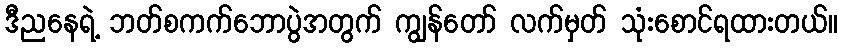
ဒီညနေရဲ့ ဘတ်စကက်ဘောပွဲအတွက် ကျွန်တော် လက်မှတ် သုံးစောင်ရထားတယ်။